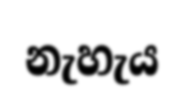
නැහැය